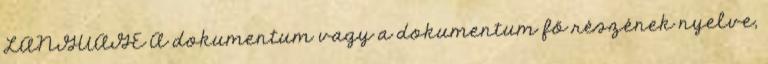
LANGUAGE A dokumentum vagy a dokumentum fő részének nyelve,